Rangoon Lunatic Asylum 1898-1906 - 1898-1906
Year: 1898
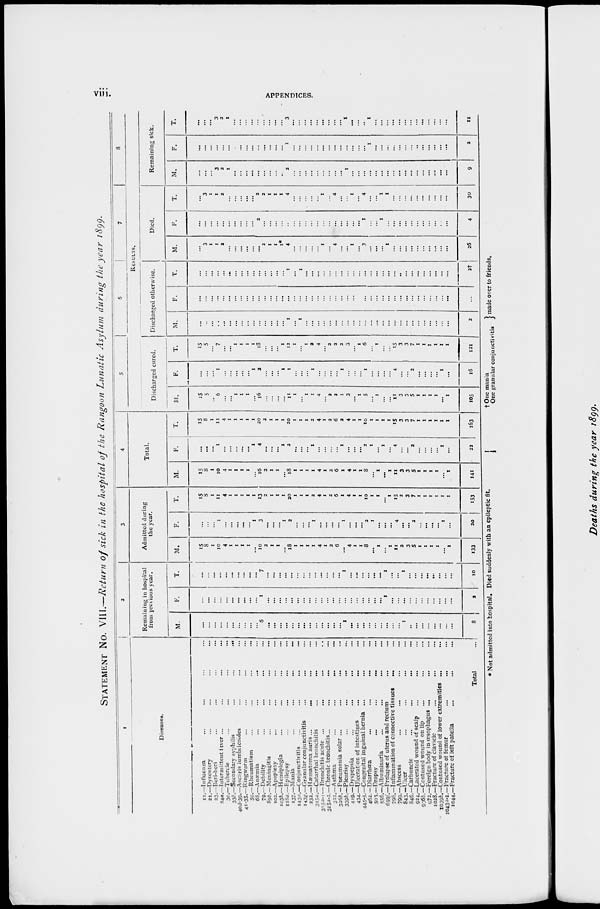
viii.
APPENDICES.
STATEMENT No. VIII.—Return of sick in the hospital of the Rangoon Lunatic Asylum during the year 1899.
1
Diseases.
11.—Influenza ... ... ... ...
21.—Dysentery ... ... ... ...
23.—Beri-beri ... ... ... ...
24a.—Intermittent fever ...
...
...
...
30.—Tubercle ... ... ... ...
33b.—Secondary syphilis
...
...
...
40d-39.—Ascaris lumbnicoides ... ... ...
41-35.—Ringworm ... ... ... ...
59.—Rheumatism ... ... ... ...
68.—Anæmia ... ... ... ...
79.—Debility ... ... ... ...
89b.— Meningitis ... ... ... ...
102.—Apoplexy ... ... ... ...
103b.—Hemiplegia ... ... ... ...
118a.—Hpilepsy ... ... ... ...
137.—Mania ... ... ... ...
143a.—Conjunctivitis ... ... ... ...
143g.—Granular conjunctivitis ... ... ...
232.—Hæmatoma auris ...
... ... ...
315a.—Catarrhal bronchitis
...
... ... ...
315a-1 — Bronchitis acute ... ... ... ...
315a-2.—Chronic bronchitis... ... ... ...
322.—Asthma
...
...
...
...
325b. — Pneumonia solar ...
...
... ...
339b.—Pleurisy ... ... ... ...
419.—Dvspepsia ... ... ... ...
434.—Ulcerat on of intestines ... ... ... ...
445-5.—Congenital inguinal hernia ... ... ...
462. —Diarrhœa ... ... ... ...
503.—Dropsy ... ... ... ...
556.—Albuminuria ... ... ... ...
659f.—Prolapse of uterus and rectum ... ...
798.—Inflammation of connective tissues
... ...
799.—Abscess ... ... ... ...
843.—Ulcer ... ... ... ...
846.—Carbuncle ... ... ... ...
924.—Lacerated wound of scalp ... ... ...
936b.—Contused
wound on lip ... ... ...
972.—Foreign body in œsophagus ... ... ...
1028.—Fracture of clavicle ... ... ...
1039b.—Contused wound of lower extremities ...
...
1043a-1.—Fracture of femur ... ... ...
1044.—Fracture of left patella ... ... ...
Total
...
2
Remaining in hospital
from previous year.
M.
...
...
...
...
...
...
...
...
...
...
6
...
...
...
...
...
...
...
...
...
...
...
...
...
1
...
...
...
...
...
...
...
...
..
1
...
...
...
...
...
...
...
...
8
F.
...
...
...
...
...
...
...
...
...
...
1
...
...
...
...
...
...
...
...
...
...
...
...
...
...
...
...
...
...
...
...
1
...
...
...
...
...
...
...
...
...
...
...
2
T.
...
...
...
...
...
...
...
...
...
...
7
...
...
...
...
...
...
...
...
...
...
...
...
...
1
...
...
...
...
...
...
1
...
...
1
...
...
...
...
...
...
...
...
10
3
Admitted during
the year.
M.
15
8
1
10
4
1
1
1
1
...
10
2
1
1
...
18
1
1
1
1
4
1
2
6
...
4
1
1
8
...
1
...
1
11
2
3
5
1
1
1
1
...
1
133
F.
...
...
...
1
...
...
...
...
...
1
3
...
...
...
1
2
...
...
...
1
...
...
...
...
1
...
...
...
2
1
...
...
...
4
...
...
2
...
...
...
...
1
...
20
T.
15
8
1
11
4
1
1
1
1
1
13
2
1
1
1
20
1
1
1
2
4
1
2
6
1
4
1
1
10
1
1
...
1
15
2
3
7
1
1
1
1
1
1
153
4
Total.
M.
15
8
1
10
4
1
1
1
1
...
16
2
1
1
...
18
1
1
1
1
4
1
2
6
1
4
1
1
8
...
1
...
1
11
3
3
5
1
1
1
1
...
1
141
F.
...
...
...
1
...
...
...
...
...
1
4
...
...
...
1
2
...
...
...
1
...
...
...
...
1
...
...
...
2
1
...
1
...
4
...
...
2
...
...
...
...
1
...
22
T.
15
8
1
11
4
1
1
1
1
1
20
2
1
1
1
20
1
1
1
2
4
1
2
6
2
4
1
1
10
1
1
1
1
15
3
3
7
1
1
1
1
1
1
163
5
6
7
8
RESULTS.
Discharged cured.
M.
15
5
...
6
...
...
1
1
1
...
16
...
...
...
...
11
1
...
1
1
4
...
2
2
1
3
...
1
5
...
1
...
...
11
3
3
5
1
1
1
1
...
1
105
F.
...
...
...
1
...
...
...
...
...
1
2
...
...
...
1
1
...
...
...
1
...
...
...
...
1
...
...
...
1
...
...
...
...
4
...
...
2
...
...
...
...
1
...
16
T.
15
5
...
7
...
...
1
1
1
1
18
...
...
...
1
12
1
...
1
2
4
...
2
2
2
3
...
1
6
...
1
...
...
15
3
3
7
1
1
1
1
1
1
121
Discharged otherwise.
M.
...
...
...
...
...
...
...
...
...
...
...
...
...
...
...
1
...
1
...
...
...
...
...
...
...
...
...
...
...
...
...
...
...
...
...
...
...
...
...
...
...
...
...
2
F.
...
...
...
...
...
...
...
...
...
...
...
...
...
...
...
...
...
...
...
...
...
...
...
...
...
...
...
...
...
...
...
...
...
...
...
...
...
...
...
...
...
...
...
...
T.
...
...
...
...
...
...
...
...
...
...
...
...
...
...
...
1
...
1
...
...
...
...
...
...
...
...
...
...
...
...
...
...
...
...
...
...
...
...
...
...
...
...
...
2†
Died.
M.
...
3
1
1
2
...
...
...
...
...
...
2
1
1
1*
4
...
...
...
...
...
1
...
4
...
...
1
...
3
...
...
...
1
...
...
...
...
...
...
...
...
...
...
26
F.
...
...
...
...
...
...
...
...
...
...
2
...
...
...
...
...
...
...
...
...
...
...
...
...
...
...
...
...
1
...
...
1
...
...
...
...
...
...
...
...
...
...
...
4
T.
...
3
1
1
2
...
...
...
...
...
2
2
1
1
1
4
...
...
...
...
...
1
...
4
...
...
1
...
4
...
...
1
1
...
...
...
...
...
...
...
...
...
...
30
Remaining sick.
M.
...
...
...
3
2
1
...
...
...
...
...
...
...
...
...
2
...
...
...
...
...
...
...
...
...
1
...
...
...
...
...
...
...
...
...
...
...
...
...
...
...
...
...
9
F.
...
...
...
...
...
...
...
...
...
...
...
...
...
...
...
1
...
...
...
...
...
...
...
...
...
...
...
...
...
1
...
...
...
...
...
...
...
...
...
...
...
...
...
2
T.
...
...
...
3
2
1
...
...
...
...
...
...
...
...
...
3
...
...
...
...
...
...
...
...
...
1
...
...
...
1
...
...
...
...
...
...
...
...
...
...
...
...
...
11
* Not admitted into hospital. Died suddenly with an epileptic fit.
† One mania
One granular conjunctivitis
made over to friends.